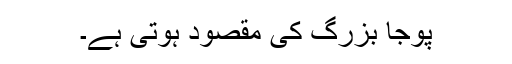
پوجا بزرگ کی مقصود ہوتی ہے۔